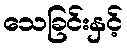
သေခြင်းနှင့်